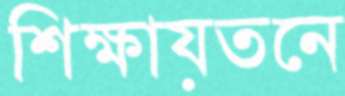
শিক্ষায়তনে